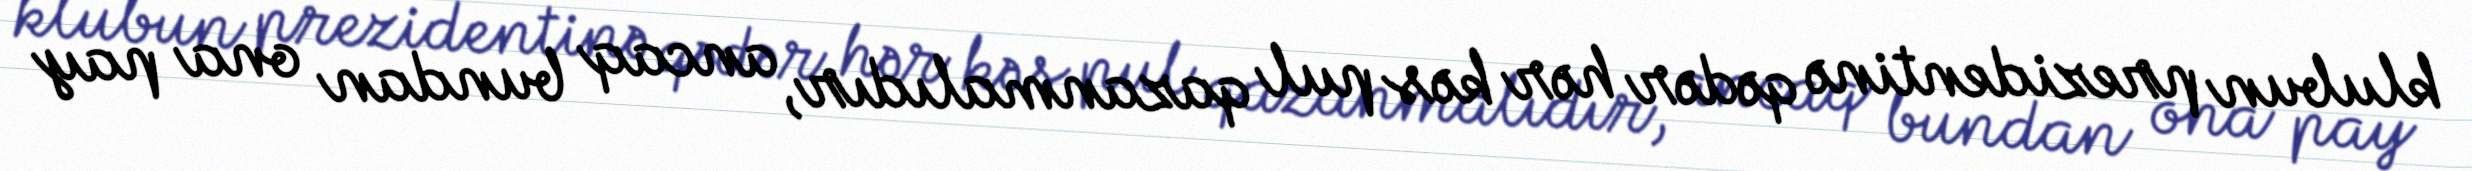
klubun prezidentinə qədər hər kəs pul qazanmalıdır, ancaq bundan ona pay